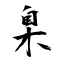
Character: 臬